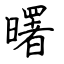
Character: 曙